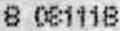
8 081118